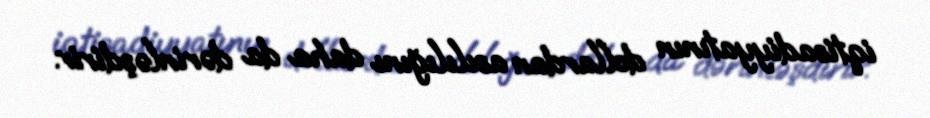
iqtisadiyyatının dollardan asılılığını daha da dərinləşdirir.